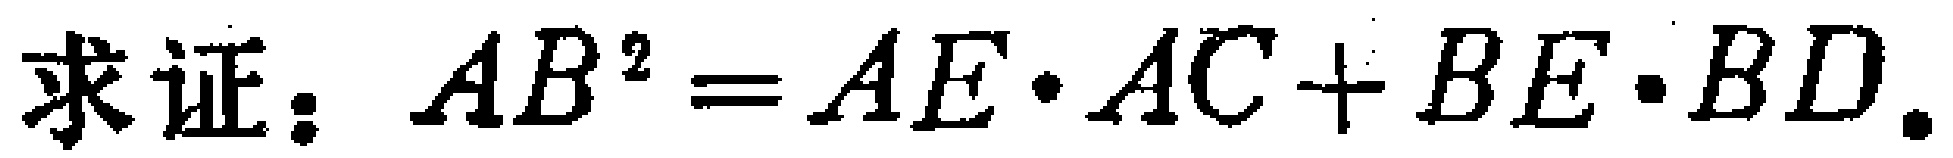
求证：\(AB^{2}=AE\cdot AC + BE\cdot BD\)